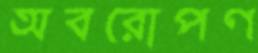
অবরোপণ